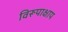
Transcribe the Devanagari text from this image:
विरूपाक्षाय